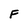
Character: F